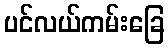
ပင်လယ်ကမ်းခြေ